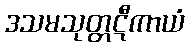
ဒသမသုတ္တဋီကာယံ